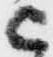
被